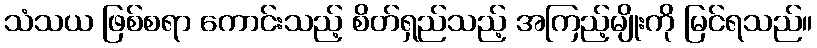
သံသယ ဖြစ်စရာ ကောင်းသည့် စိတ်ရှည်သည့် အကြည့်မျိုးကို မြင်ရသည်။